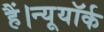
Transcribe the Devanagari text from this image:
हैं।न्यूयॉर्क